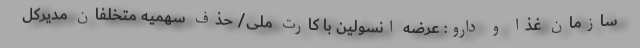
سازمان غذا و دارو: عرضه انسولین با کارت ملی/ حذف سهمیه متخلفان مدیرکل